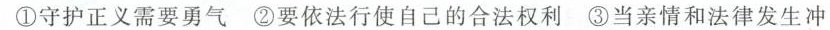
①守护正义需要勇气②要依法行使自己的合法权利③当亲情和法律发生冲